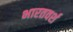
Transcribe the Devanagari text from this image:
भारतवर्श